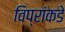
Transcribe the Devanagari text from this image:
विप्रांकडे